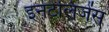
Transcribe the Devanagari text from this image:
इनटेलिजेंस